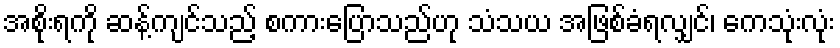
အစိုးရကို ဆန့်ကျင်သည့် စကားပြောသည်ဟု သံသယ အဖြစ်ခံရလျှင်၊ ကေသုံးလုံး